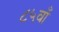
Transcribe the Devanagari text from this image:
८५वाँ